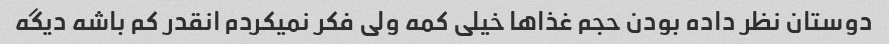
دوستان نظر داده بودن حجم غذاها خیلی کمه ولی فکر نمیکردم انقدر کم باشه دیگه